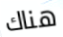
هناك